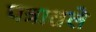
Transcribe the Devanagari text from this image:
पत्रातले